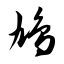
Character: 鸠